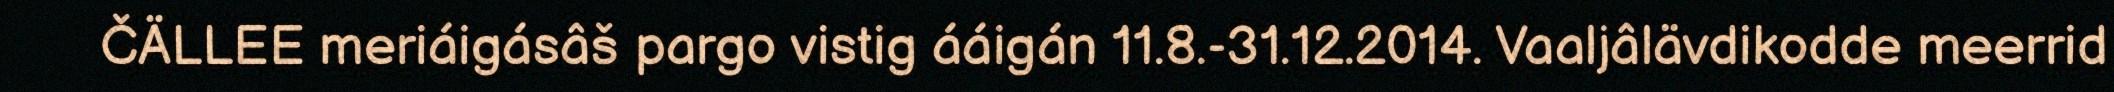
ČÄLLEE meriáigásâš pargo vistig ááigán 11.8.-31.12.2014. Vaaljâlävdikodde meerrid